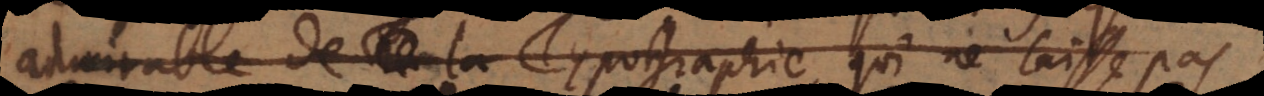
admirable de la Typographie, qui ne laisse pas